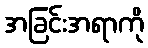
အခြင်းအရာကို